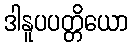
ဒါနူပပတ္တိယော